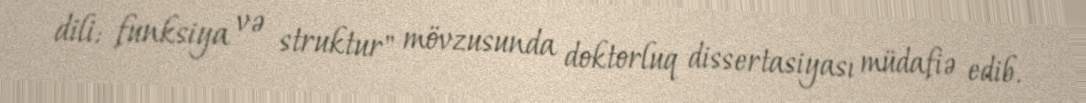
dili: funksiya və struktur" mövzusunda doktorluq dissertasiyası müdafiə edib.